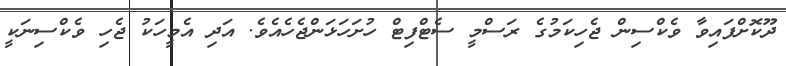
ދޫކޮށްފައިވާ ވެކްސިން ޖެހިކަމުގެ ރަސްމީ ސެޓްފިޓް ހުށަހަޅަންޖެހެއެވެ. އަދި އެމީހަކު ޖެހި ވެކްސިނަކީ